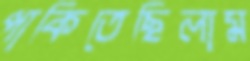
পাকিতেছিলাম